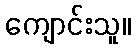
ကျောင်းသူ။